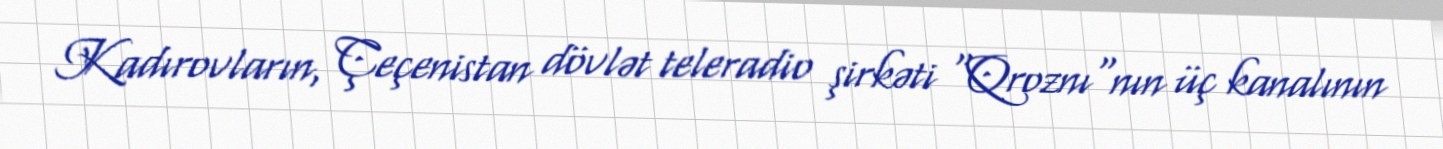
Kadırovların, Çeçenistan dövlət teleradio şirkəti "Qroznı"nın üç kanalının